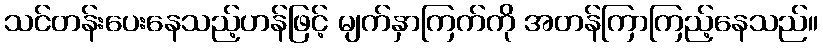
သင်တန်းပေးနေသည့်ဟန်ဖြင့် မျက်နှာကြက်ကို အတန်ကြာကြည့်နေသည်။